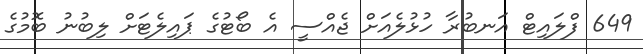
649 ފްލައިޓް އަނބުރާ ހުޅުލެއަށް ޖެއްސީ އެ ބޯޓުގެ ޕައިލެޓަށް ލިބުނު ބޮމުގެ